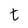
Character: t